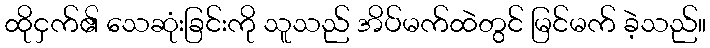
ထိုငှက်၏ သေဆုံးခြင်းကို သူသည် အိပ်မက်ထဲတွင် မြင်မက် ခဲ့သည်။